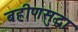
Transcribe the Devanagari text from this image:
बहीणसुद्धा